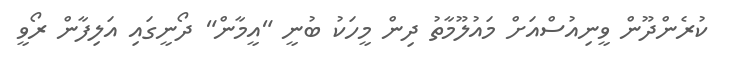
ކުރެންދޫން ވީނިއުސްއަށް މައުލޫމާތު ދިން މީހަކު ބުނީ "އީމާން" ދޯނީގައި އަލިފާން ރޯވީ